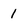
Character: 1